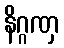
နိဂ္ဂဏှ